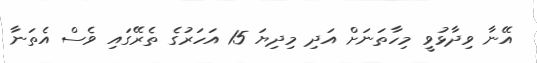
އޭނާ ވިދާޅުވީ މިހާތަނަށް އަދި މިދިޔަ 15 އަހަރުގެ ތެރޭގައި ވެސް އެތަނާ